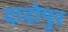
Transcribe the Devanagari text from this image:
दादोपुर